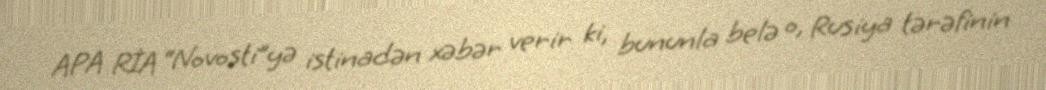
APA RİA “Novosti”yə istinadən xəbər verir ki, bununla belə o, Rusiya tərəfinin